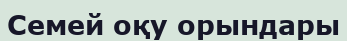
Семей оқу орындары